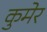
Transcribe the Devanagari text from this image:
कुमेर